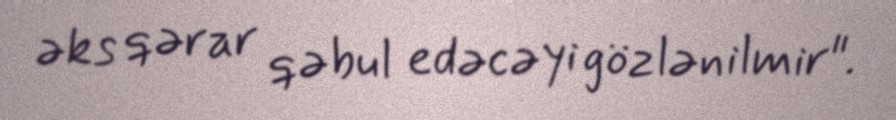
əks qərar qəbul edəcəyi gözlənilmir".